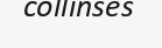
collinses